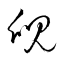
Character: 覛